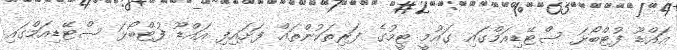
އައްޑޫ ފުޓްބޯޅަ ސްޓޭޑިއަމްގައި ގައުމީ ޓީމުގެ ފަރިތަކުންތައް ފަށައިފި އައްޑޫ ފުޓްބޯޅަ ސްޓޭޑިއަމްގައި